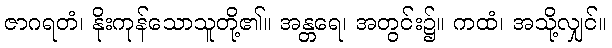
ဇာဂရတံ၊ နိုးကုန်သောသူတို့၏။ အန္တရေ၊ အတွင်း၌။ ကထံ၊ အသို့လျှင်။